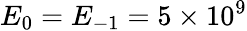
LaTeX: E_{0}=E_{-1}=5\times 10^{9}